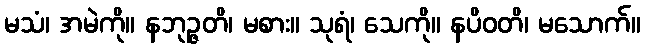
မသံ၊ အမဲကို။ နဘုဉ္ဇတိ၊ မစား။ သုရံ၊ သေကို။ နပိဝတိ၊ မသောက်။